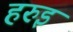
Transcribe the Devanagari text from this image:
हरुइ